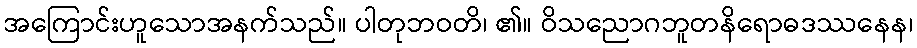
အကြောင်းဟူသောအနက်သည်။ ပါတုဘဝတိ၊ ၏။ ဝိသညောဂဘူတနိရောဓဒဿနေန၊